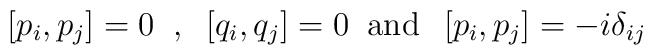
\left[p_i , p_j \right] = 0 \; \; , \; \; \left[ q_i , q_j \right] = 0 \; \;\hbox{and} \; \; \left[ p_i, p_j \right] = -i \delta_{ij}